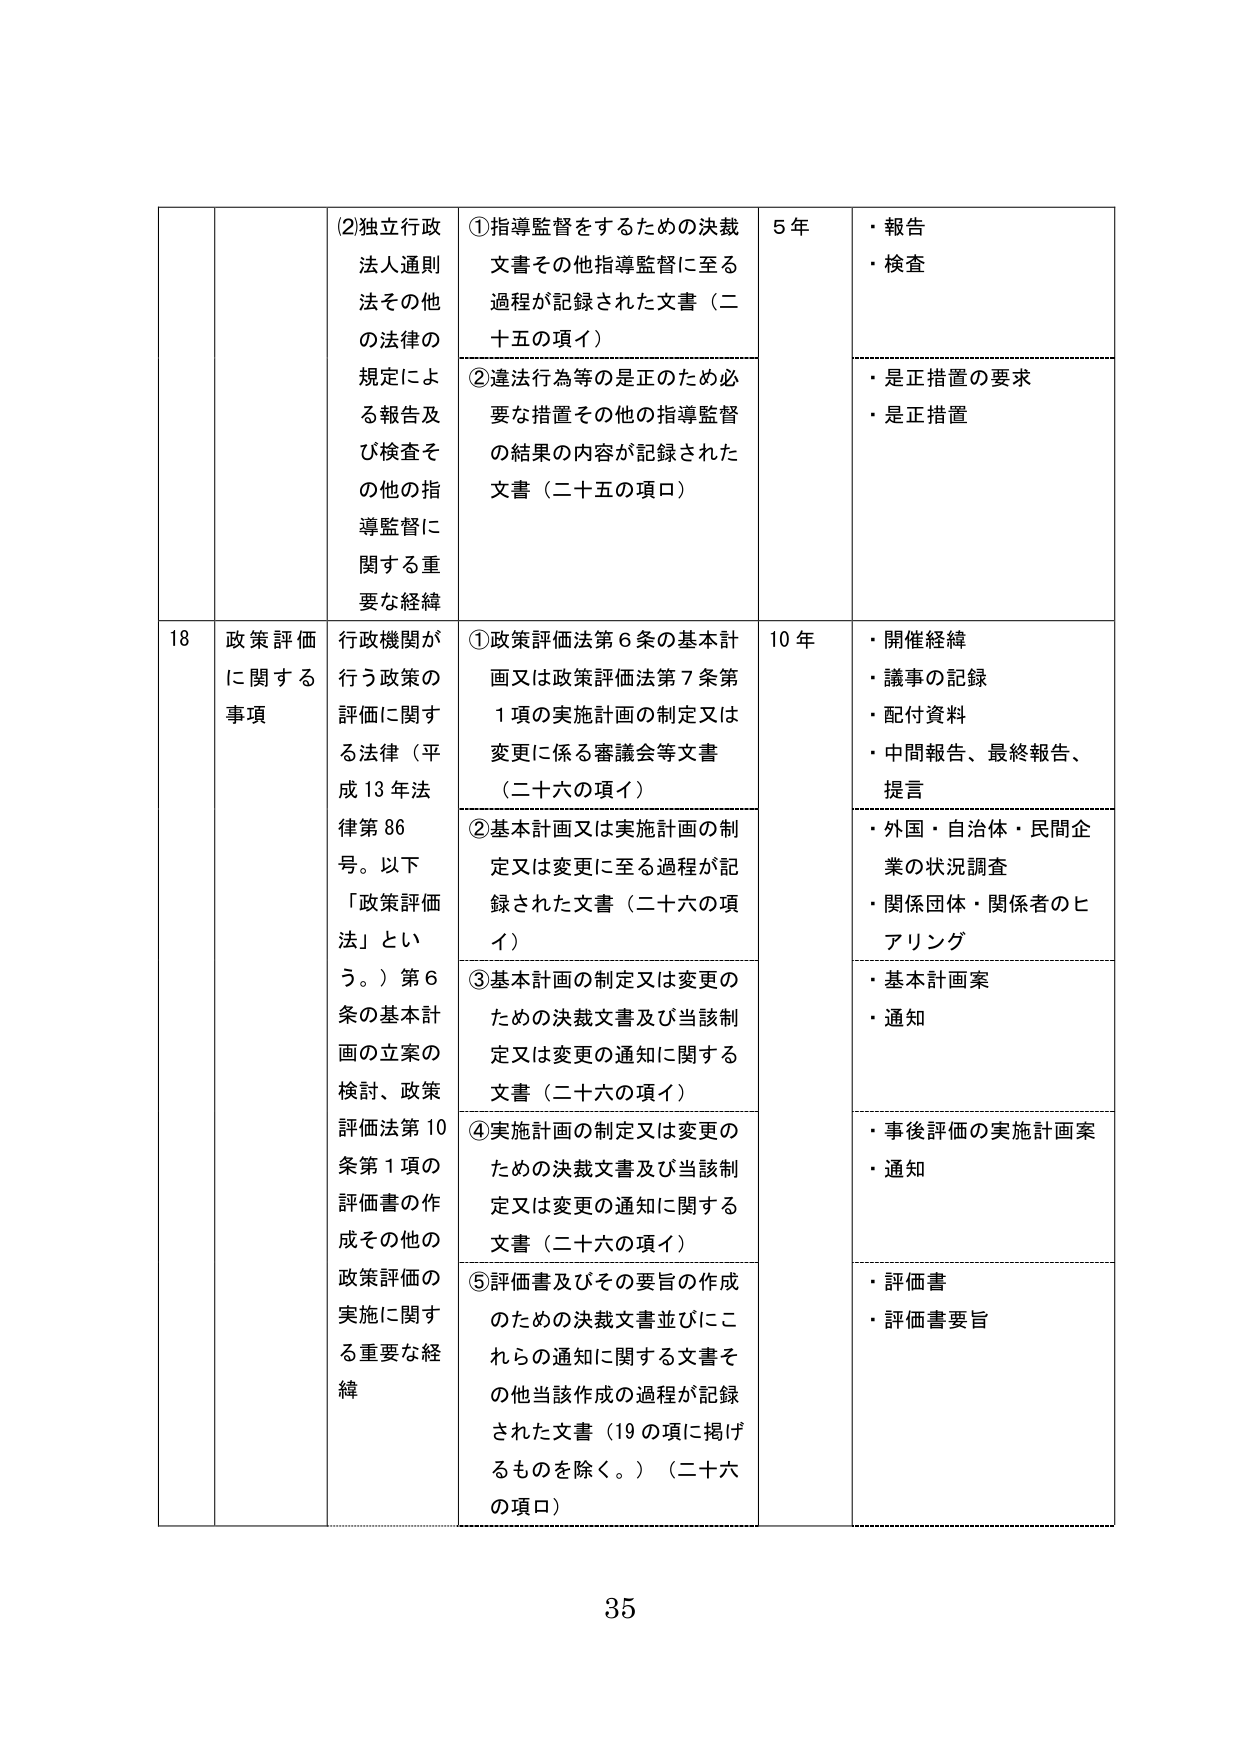
(2)独立行政法人通則法その他 の法律の 規定による報告及び検査その他の指導監督に関する重要な経緯
①指導監督をするための決裁文書その他指導監督に至る過程が記録された文書（二十五の項イ）
②違法行為等の是正のため必要な措置その他の指導監督の結果の内容が記録された文書（二十五の項ロ）
5年
・報告
・検査
・是正措置の要求
・是正措置

18 政策評価に関する事項
行政機関が行う政策の評価に関する法律（平成13年法律第86号。以下「政策評価法」という。）第6条の基本計画の立案の検討、政策評価法第10条第1項の評価書の作成その他の政策評価の実施に関する重要な経緯
①政策評価法第6条の基本計画又は政策評価法第7条第1項の実施計画の制定又は変更に係る審議会等文書（二十六の項イ）
②基本計画又は実施計画の制定又は変更に至る過程が記録された文書（二十六の項イ）
③基本計画の制定又は変更のための決裁文書及び当該制定又は変更の通知に関する文書（二十六の項イ）
④実施計画の制定又は変更のための決裁文書及び当該制定又は変更の通知に関する文書（二十六の項イ）
⑤評価書及びその要旨の作成のための決裁文書並びにこれらの通知に関する文書その他当該作成の過程が記録された文書（19の項に掲げるものを除く。）（二十六の項ロ）
10年
・開催経緯
・議事の記録
・配付資料
・中間報告、最終報告、提言
・外国・自治体・民間企業の状況調査
・関係団体・関係者のヒアリング
・基本計画案
・通知
・事後評価の実施計画案
・通知
・評価書
・評価書要旨

35